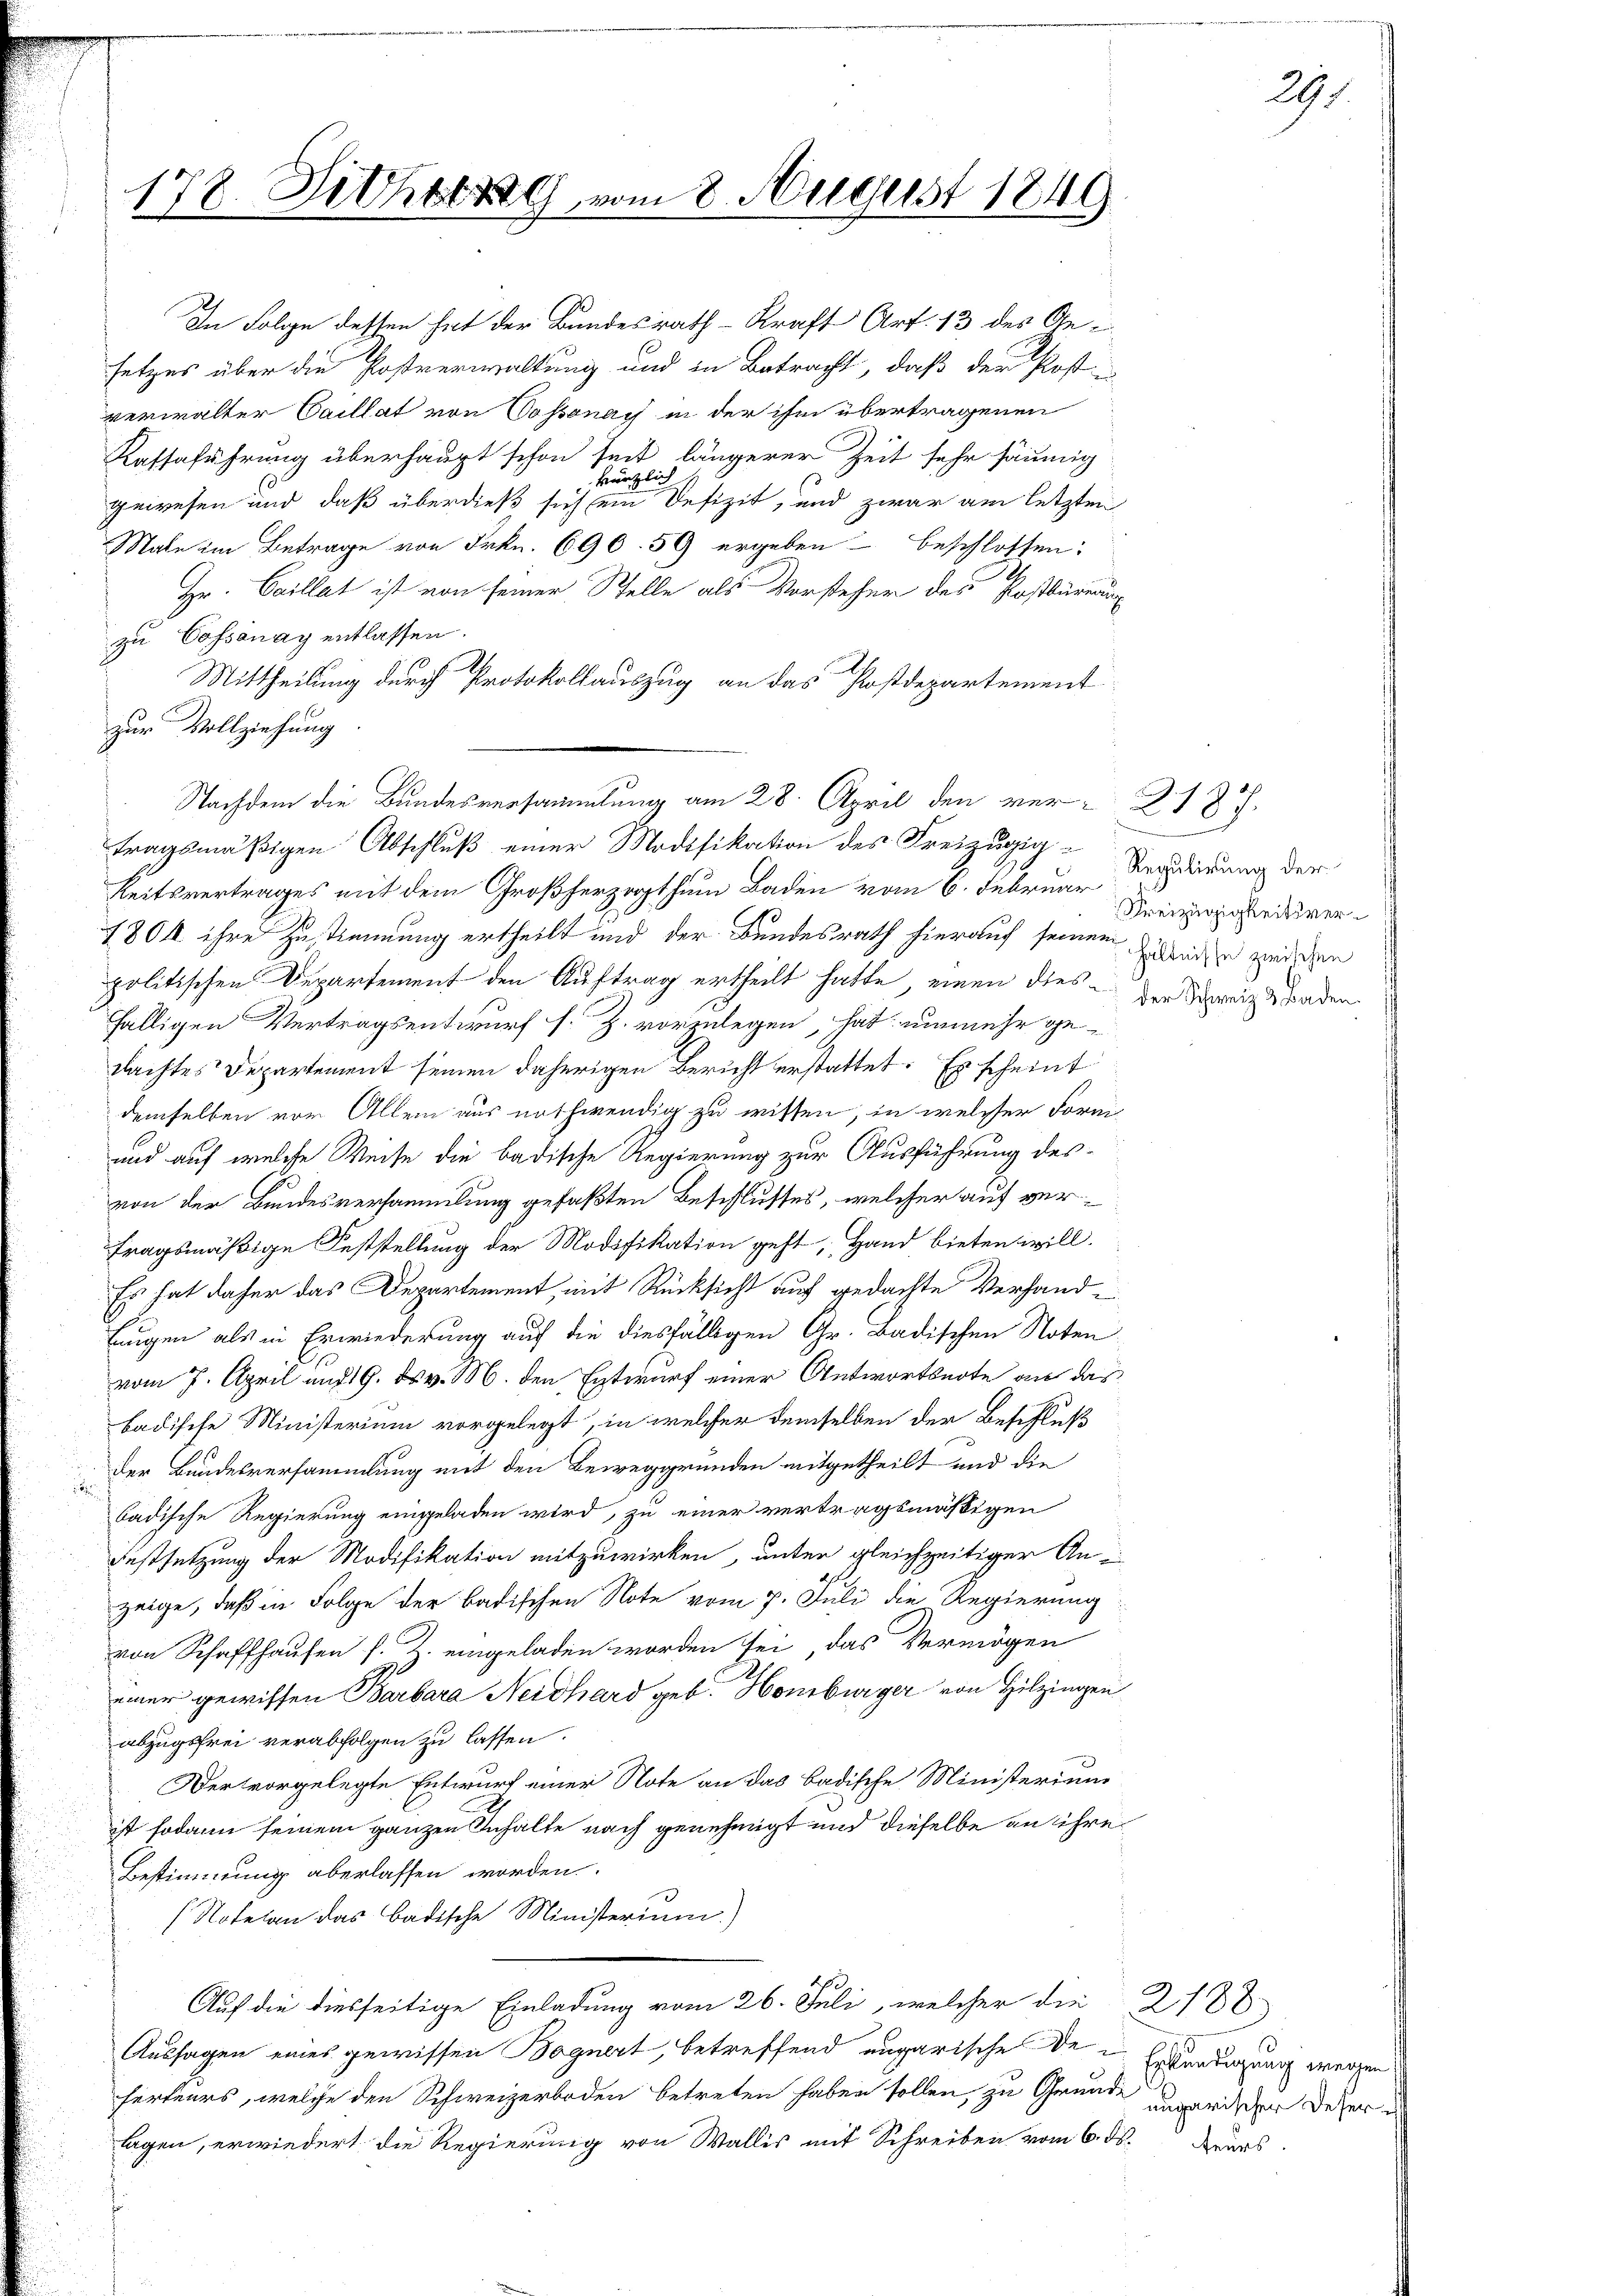
178 Lithog
.

zur Vollziehung
Reitsvertrages mit dem Großherzogthum Baden vom 6. Februar
1804 ihre Zustimmung ertheilt und der Bundesrath hierauf seinem Zieleise werden
politischen Departement den Auftrag ertheilt hatte, einen dies-
fälligen Vertragsentwurf s. Z. vorzulegen hat unmehr ge-
dachtes Departement seinen daherigen Bericht erstattet. Es scheint
demselben vor Allem aus nothwendig zu wissen, in welcher Form
und auf welche Weise die badische Regierung zur Ausführung desvon der Bundesversammlung gefaßten Beschlusses, welcher auf vertragsmäßige Feststellung der Modifikation geht, Hand bieten will.
Es hat daher das Departement mit Rücksicht auf gedachte Verhand¬
Eugen als in Erwiederung auf die diesfälligen Gr. Badischen Noten
vom 7. April und 19. ds. v. M. den Entwurf einer Antwortsnote an das
badische Ministerium vorgelegt, in welcher demselben der Beschluß
der Bundesversammlung mit den Beweggrunden mitgetheilt und die
badische Regierung eingeladen wird, zu einer vertragsmäßigen
Festsetzung der Modifikation mitzuwirken, unter gleichzeitiger Anzeige, daß in Folge der badischen Note vom 7. Juli die Regierung
von Schaffhausen s. Z. eingeladen worden sei, das Vermögen
einer gewissen Barbara Neidhard geb. Homburger von Hitzingen
abzugsfrei verabfolgen zu lassen.
Der vorgelegte Entwurf einer Note an das badische Ministerium
ist sodann seinem ganzen Inhalte nach genehmigt und dieselbe an ihre
Bestimmung aberlassen worden.
(Notelen das Badische Ministerium.)
Auf die diesseitige Einladung vom 26. Juli, welcher die 218
Aussagen eines gewissen Bognert, betreffend ungarische Den Erkundigung werden
herteurs, welche den Schweizerboden betreten haben sollen, zu Grunde ungarischer Deser
lagen, erwiedert die Regierung von Wallis mit Schreiben vom 6. ds. Zeurs

In Folge dessen hat der Bundesrath Kraft Art. 13 des Gesetzes über die Postverwaltung und in Betracht, daß der Post
verwalter Caillat von Vossonach in der ihm übertragenen
Kassaführung überhaupt schon seit längerer Zeit sehr säumig
lich s
Bauz
gewesen und daß überdieß sich ein Defizit, und zwar am letzten
Male im Betrage von Frkn. 690. 59 ergeben – beschlossen:
Hr. Caillat ist von seiner Stelle als Vorsteher des Postbüreaux
zu Cossonay entlassen.
Mittheilung durch Protokollauszug an das Postdepartement

vom 8. August 1849

Nachdem die Bundesversammlung am 28. April den vertragsmäßigen Abschluß einer Modifikation des Freizügig¬

Regulirung der
Freizügigkeitsverder Schweiz & Baden.

2187.

291.